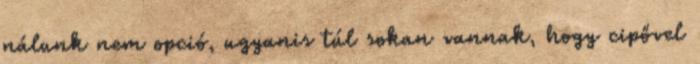
nálunk nem opció, ugyanis túl sokan vannak, hogy cipővel